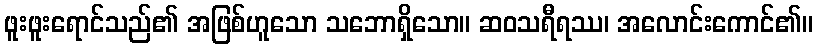
ဖူးဖူးရောင်သည်၏ အဖြစ်ဟူသော သဘောရှိသော။ ဆဝသရီရဿ၊ အလောင်းကောင်၏။